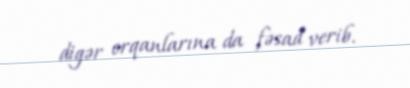
digər orqanlarına da fəsad verib.